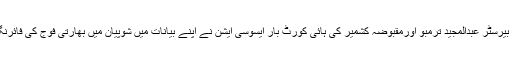
حریت رہنمائوں بلا ل صدیقی ، فریدہ بہن جی، بیرسٹر عبدالمجید ترمبو اورمقبوضہ کشمیر کی ہائی کورٹ بار ایسوسی ایشن نے اپنے بیانات میں شوپیان میں بھارتی فوج کی فائرنگ کو انتہائی شرمناک اور بزدلانہ فعل قراردیا۔